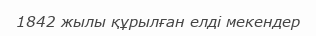
1842 жылы құрылған елді мекендер